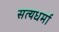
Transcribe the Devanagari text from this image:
सत्यधर्मा